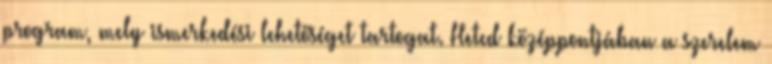
program, mely ismerkedési lehetőséget tartogat. Heted középpontjában a szerelem